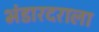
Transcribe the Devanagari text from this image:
भंडारदराला